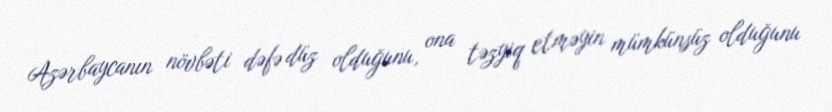
Azərbaycanın növbəti dəfə düz olduğunu, ona təzyiq etməyin mümkünsüz olduğunu